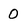
Character: 0